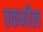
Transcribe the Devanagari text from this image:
तकमील